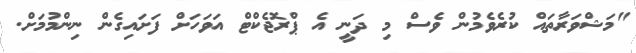
"މަޝްވަރާތައް ކުރެވެމުން ވެސް މި ދަނީ އެ ޕްރޮޖެކްޓް އަވަހަށް ފަށައިގެން ނިންމުމަށް.